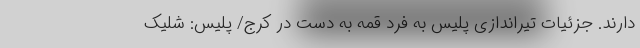
دارند. جزئیات تیراندازی پلیس به فرد قمه به دست در کرج/ پلیس: شلیک